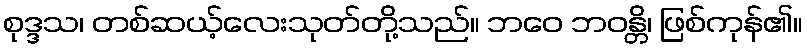
စုဒ္ဒသ၊ တစ်ဆယ့်လေးသုတ်တို့သည်။ ဘဝေ ဘဝန္တိ၊ ဖြစ်ကုန်၏။